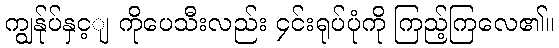
ကျွန်ုပ်နှင့ျ ကိုပေသီးလည်း ၄င်းရုပ်ပုံကို ကြည့်ကြလေ၏။